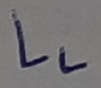
Text: LL